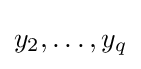
y_{2},\ldots ,y_{q}